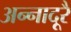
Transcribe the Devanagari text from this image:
अन्नादूरै